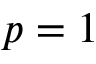
p = 1